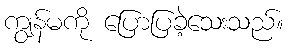
ကျွန်မကို ပြောပြခဲ့သေးသည်။